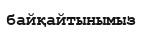
байқайтынымыз